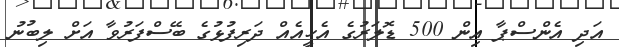
އަދި އެންސްޕާ އިން 500 ޑޮލަރުގެ އެހީއެއް ދަރިފުޅުގެ ބޭސްފަރުވާ އަށް ލިބުނު